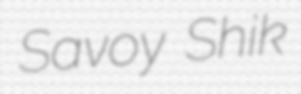
Savoy Shik